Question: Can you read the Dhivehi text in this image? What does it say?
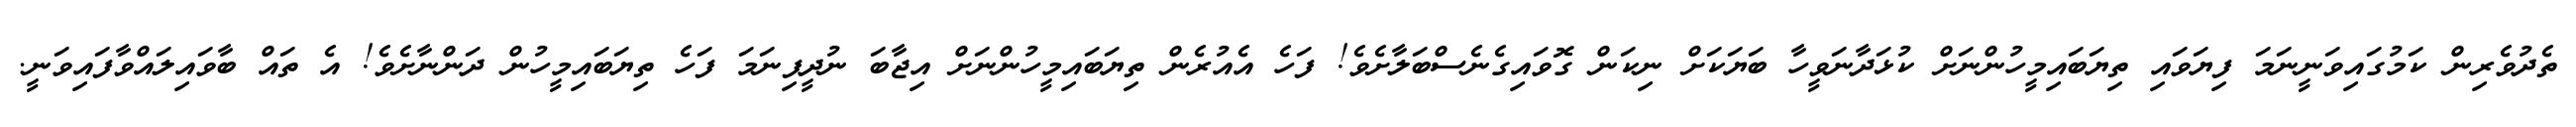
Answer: ތެދުވެރިން ކަމުގައިވަނީނަމަ ފިޔަވައި ތިޔަބައިމީހުންނަށް ކުޅަދާނަވީހާ ބަޔަކަށް ނިކަން ގޮވައިގެނެސްބަލާށެވެ! ފަހެ އެއުރެން ތިޔަބައިމީހުންނަށް އިޖާބަ ނުދީފިނަމަ ފަހެ ތިޔަބައިމީހުން ދަންނާށެވެ! އެ ތައް ބާވައިލައްވާފައިވަނީ.